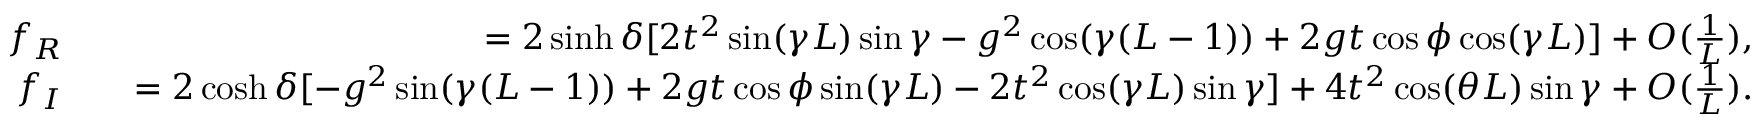
\begin{array} { r l r } { f _ { R } } & { } & { = 2 \sinh { \delta } [ 2 t ^ { 2 } \sin ( \gamma L ) \sin \gamma - g ^ { 2 } \cos ( \gamma ( L - 1 ) ) + 2 g t \cos \phi \cos ( \gamma L ) ] + O ( \frac { 1 } { L } ) , } \\ { f _ { I } } & { } & { = 2 \cosh { \delta } [ - g ^ { 2 } \sin ( \gamma ( L - 1 ) ) + 2 g t \cos \phi \sin ( \gamma L ) - 2 t ^ { 2 } \cos ( \gamma L ) \sin \gamma ] + 4 t ^ { 2 } \cos ( \theta L ) \sin \gamma + O ( \frac { 1 } { L } ) . } \end{array}